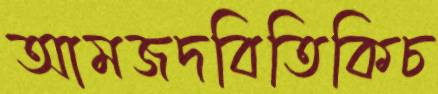
আমজদবিতিকিচ